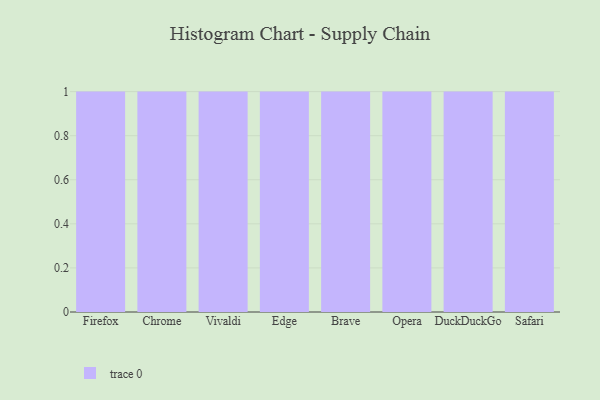
{"axis": {"x": "Browser", "y": "Backlog"}, "legend": [""], "data": [{"x": "Firefox", "y": 39, "type": ""}, {"x": "Chrome", "y": 94, "type": ""}, {"x": "Vivaldi", "y": 34, "type": ""}, {"x": "Edge", "y": 55, "type": ""}, {"x": "Brave", "y": 6, "type": ""}, {"x": "Opera", "y": 13, "type": ""}, {"x": "DuckDuckGo", "y": 84, "type": ""}, {"x": "Safari", "y": 52, "type": ""}]}